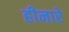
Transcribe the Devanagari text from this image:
हीनारे